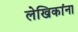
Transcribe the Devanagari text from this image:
लेखिकांना